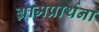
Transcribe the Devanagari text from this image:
ग्रामप्रार्थना